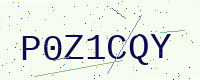
Text: P0Z1CQY